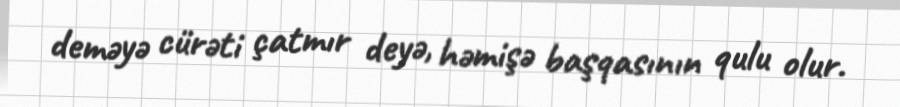
deməyə cürəti çatmır deyə, həmişə başqasının qulu olur.